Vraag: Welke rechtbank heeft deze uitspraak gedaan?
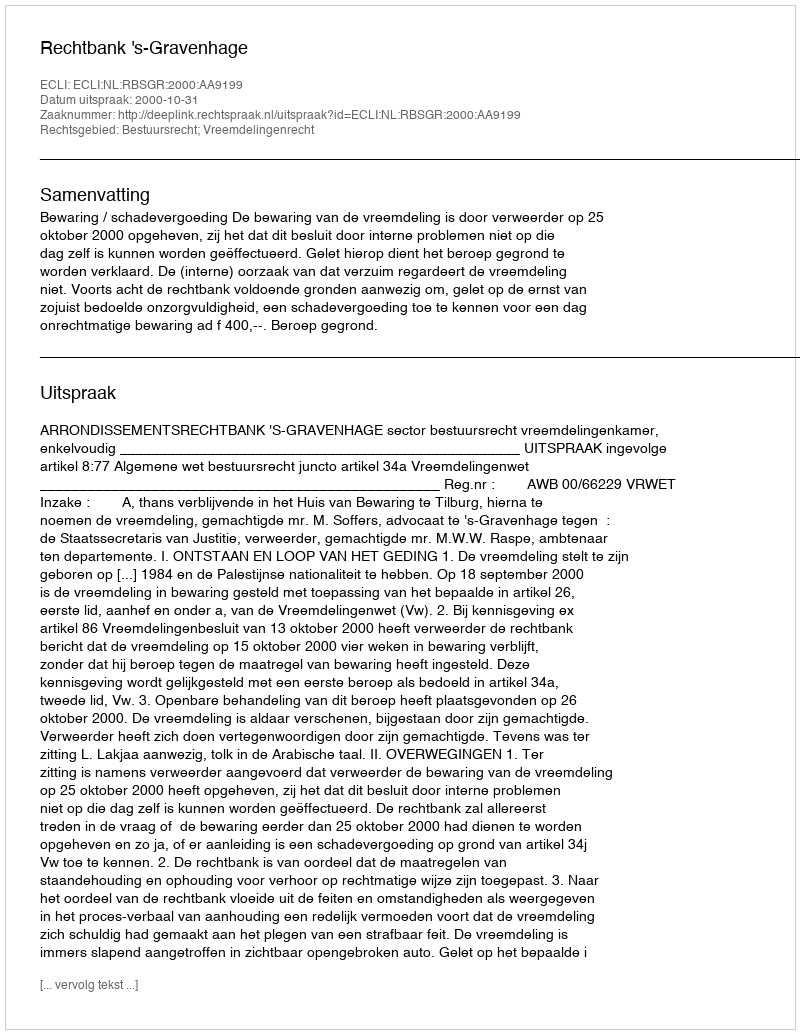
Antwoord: Rechtbank 's-Gravenhage